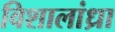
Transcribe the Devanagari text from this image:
विशालांध्रा